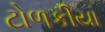
ટોળકીયા